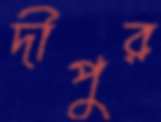
দীপুর